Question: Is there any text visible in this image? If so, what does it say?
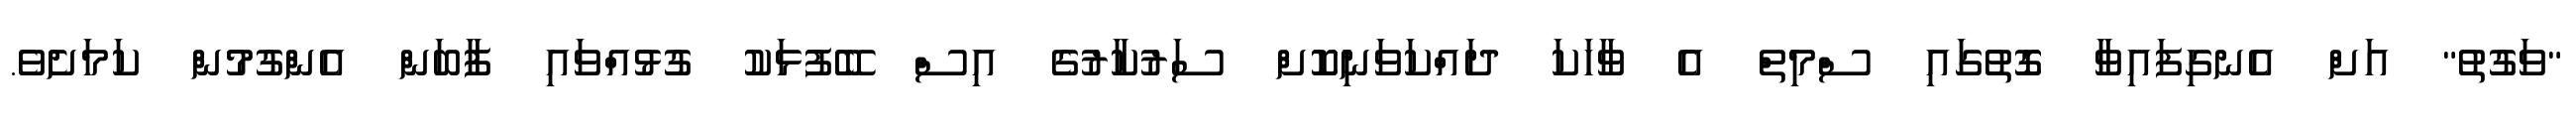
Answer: "ވަގުތު" އަށް އެނގިފައިވާ ގޮތުގައި ސްމިތް އެ ވާހަކަ ދައްކަވަނިކޮށް ސަރުކާރުގެ އިސް ބޭފުޅަކު ގުޅުއްވައި ފާބަން އެންގުމުން ކަމަށެވެ.